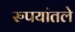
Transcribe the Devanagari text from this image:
रुपयांतले